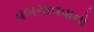
વબચાવવાનો